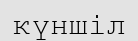
күншіл